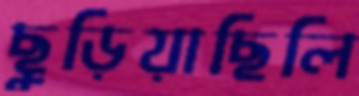
ছুড়িয়াছিলি